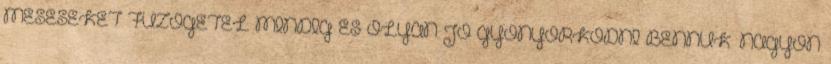
MESÉSEKET FŰZÖGETEL MINDIG ÉS OLYAN JÓ GYÖNYÖRKÖDNI BENNÜK. NAGYON